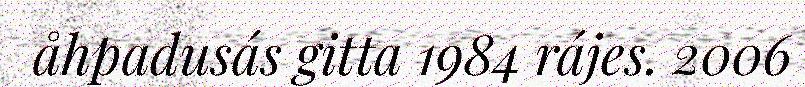
åhpadusás gitta 1984 rájes. 2006